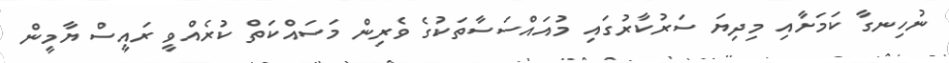
ނުހިނގާ ކަމަށާއި މިދިޔަ ސަރުކާރުގައި މުއައްސަސާތަކުގެ ވެރިން މަސައްކަތް ކުރެއްވީ ރައީސް ޔާމީން